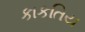
કાકતિય